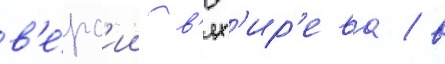
в'е́рс'ии в'ях'ир'ева / в